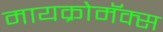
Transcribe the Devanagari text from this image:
मायक्रोमॅक्स